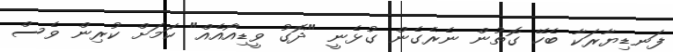
ފަނޑިޔާރަކާ ބެހޭ ގޮތުން ނެރެގެން ގުޅެނީ "ދޮގު ވީޑިއޯއެއް" ކަމަށް ކުރިން ވެސް